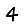
Digit: 4